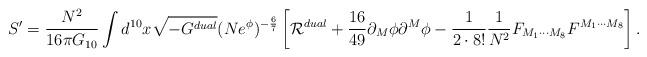
LaTeX: \begin{align*}S^{\prime}={{N^2}\over{16\pi G_{10}}}\int d^{10}x\sqrt{-G^{dual}}(Ne^{\phi})^{-{6\over 7}}\left[{\cal R}^{dual}+{{16}\over {49}}\partial_M\phi\partial^M\phi-{1\over {2\cdot 8!}}{1\over{N^2}}F_{M_1\cdots M_8}F^{M_1\cdots M_8}\right].\end{align*}